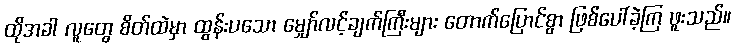
ထိုအခါ လူတွေ စိတ်ထဲမှာ ထွန်းပသော မျှော်လင့်ချက်ကြီးများ တောက်ပြောင်စွာ ဖြစ်ပေါ်ခဲ့ကြ ဖူးသည်။